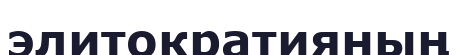
элитократияның